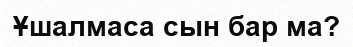
Ұшалмаса сын бар ма?